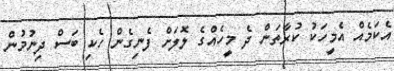
އެކަމެއް އެމީހަކު ކުރާތަން ދެ މީހެއްްގެ ލޮލަށް ފެނިގެން ހެކި ބަސް ދިނުމުން